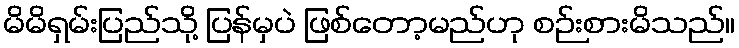
မိမိရှမ်းပြည်သို့ ပြန်မှပဲ ဖြစ်တော့မည်ဟု စဉ်းစားမိသည်။